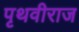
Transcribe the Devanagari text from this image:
पृथवीराज